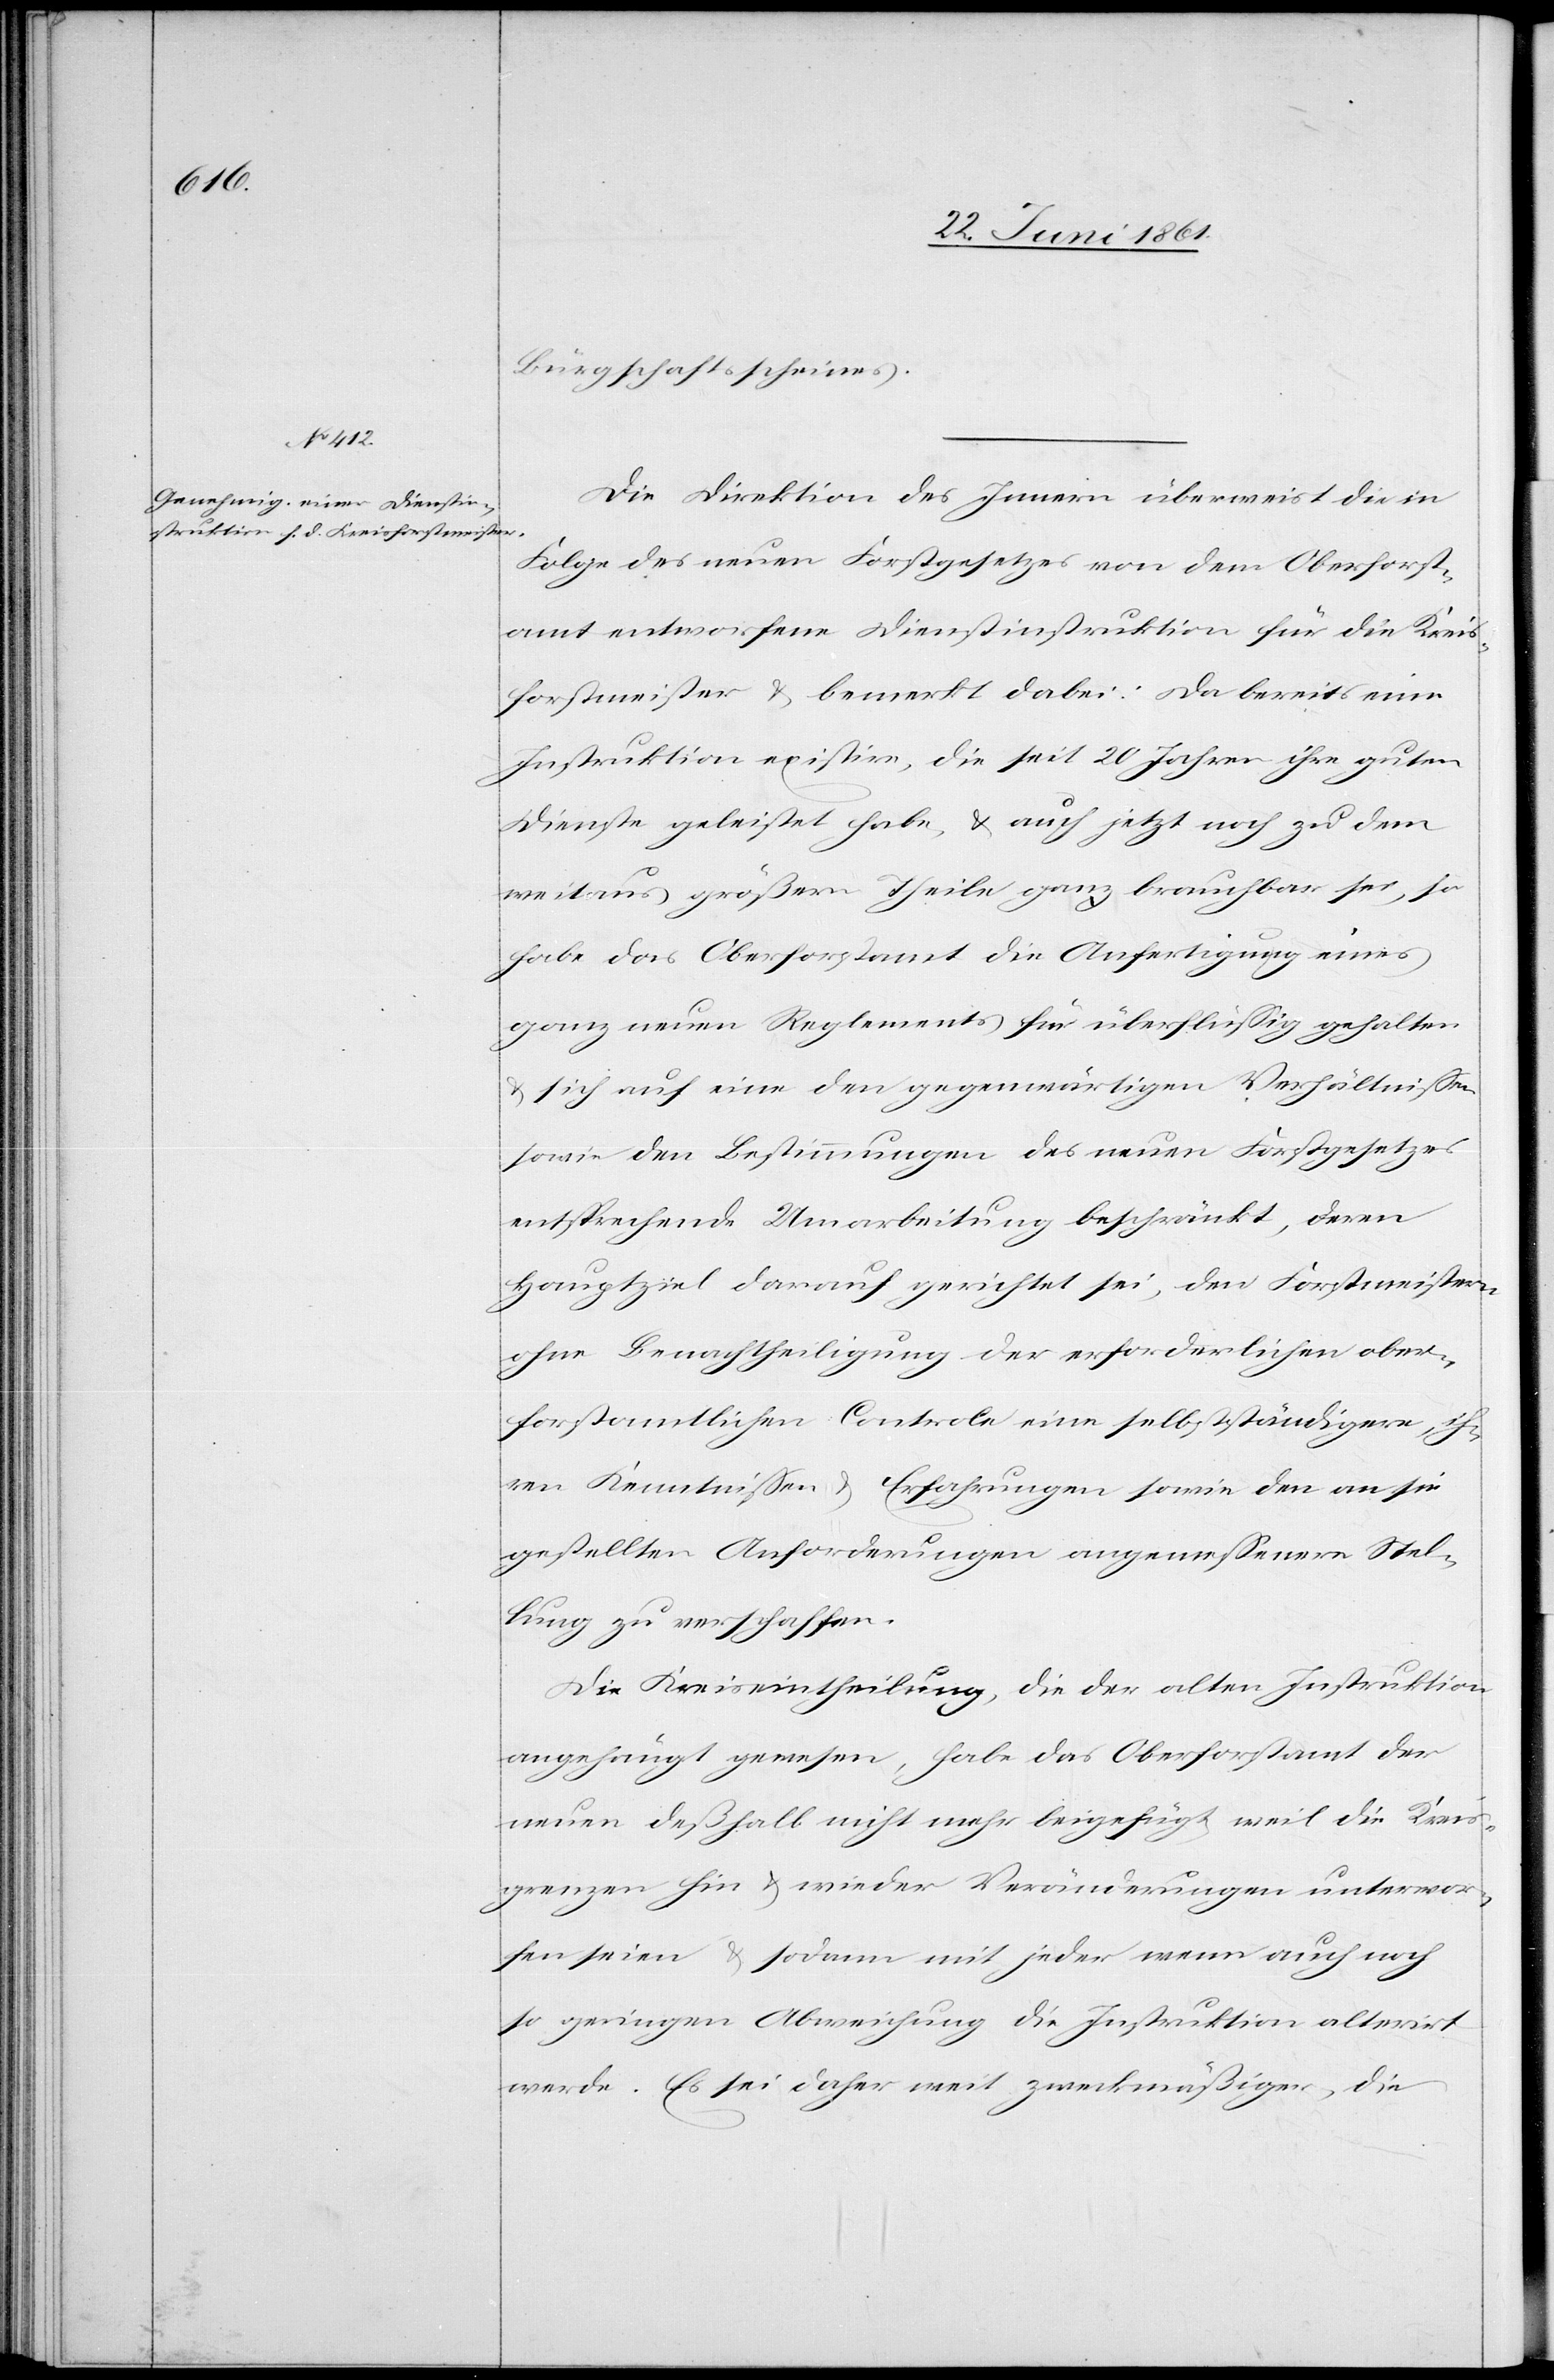
Bürgschaftsscheines.
Die Direktion des Innern überweist die in
Folge des neuen Forstgesetzes von dem Oberforst¬
amt entworfene Dienstinstruktion für die Kreis¬
forstmeister u. bemerkt dabei: Da bereits eine
Instruktion existire, die seit 20 Jahren ihre guten
Dienste geleistet habe, u. auch jetzt noch zu dem
weitaus größern Theile ganz brauchbar sei, so
habe das Oberforstamt die Anfertigung eines
ganz neuen Reglements für überflüssig gehalten
u. sich auf eine den gegenwärtigen Verhältnissen
sowie den Bestimmungen des neuen Forstgesetzes
entsprechende Umarbeitung beschränkt, deren
Hauptziel darauf gerichtet sei, den Forstmeistern
ohne Benachtheiligung der erforderlichen ober¬
forstamtlichen Controle eine selbstständigere, i¬
hren Kenntnissen u. Erfahrungen sowie den an sie
gestellten Anforderungen angemessenere Stel¬
lung zu verschaffen.
Die Kreiseintheilung, die der alten Instruktion
angehängt gewesen, habe das Oberforstamt der
neuen deßhalb nicht mehr beigefügt, weil die Kreis¬
grenzen hin u. wieder Veränderungen unterwor¬
fen seien u. sodann mit jeder wenn auch noch
so geringen Abweichung die Instruktion alterirt
werde. Es sei daher weit zweckmäßiger, die